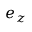
\boldsymbol { e } _ { z }